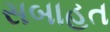
સબાહત